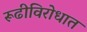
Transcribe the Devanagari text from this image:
रूढीविरोधात